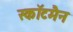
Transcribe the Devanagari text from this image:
स्कॉटमैन